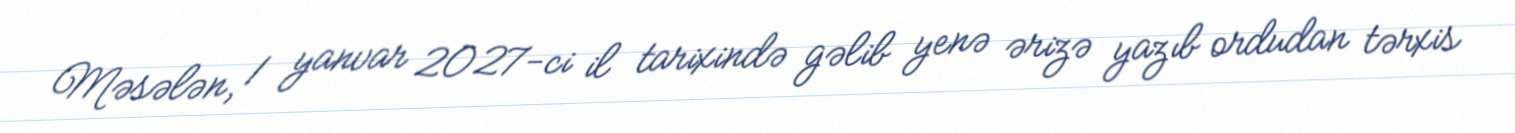
Məsələn, 1 yanvar 2027-ci il tarixində gəlib yenə ərizə yazıb ordudan tərxis